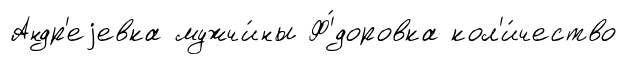
Андр'еjевка мужчи́ны Ф'́доровка кол'и́чество